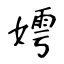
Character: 嫮